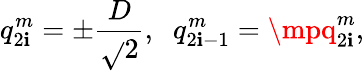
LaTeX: q_{2\mathbf{i}}^{m}=\pm\frac{{D}}{{\sqrt{}{{2}}}},\; \; q_{2\mathbf{i}-1}^{m}=\mpq_{2\mathbf{i}}^{m},